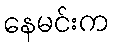
နေမင်းက